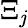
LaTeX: \Xi_{\mathit{j}}